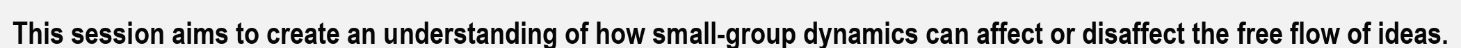
This session aims to create an understanding of how small-group dynamics can affect or disaffect the free flow of ideas.